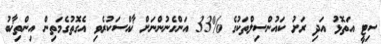
ސިޓީ އަތޮޅު އަދި ރަށު ކައުންސިލްތަކުގެ %33 އަންހެނުންނަށް ޚާއްސަކުރެވި އެގޮތުގެމަތިން އިންތިޚާބު